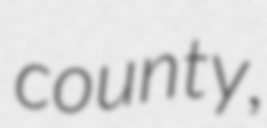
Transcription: county,